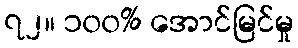
၇၂။ ၁၀၀% အောင်မြင်မှု